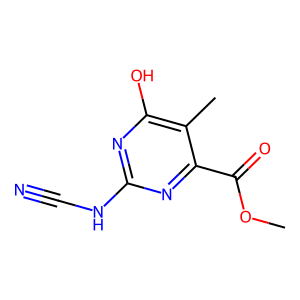
SMILES: COC(=O)c1nc(NC#N)nc(O)c1C
Inhibits HIV replication: No